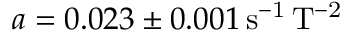
a = 0 . 0 2 3 \pm 0 . 0 0 1 \mathrm { \, s ^ { - 1 } \, T ^ { - 2 } }